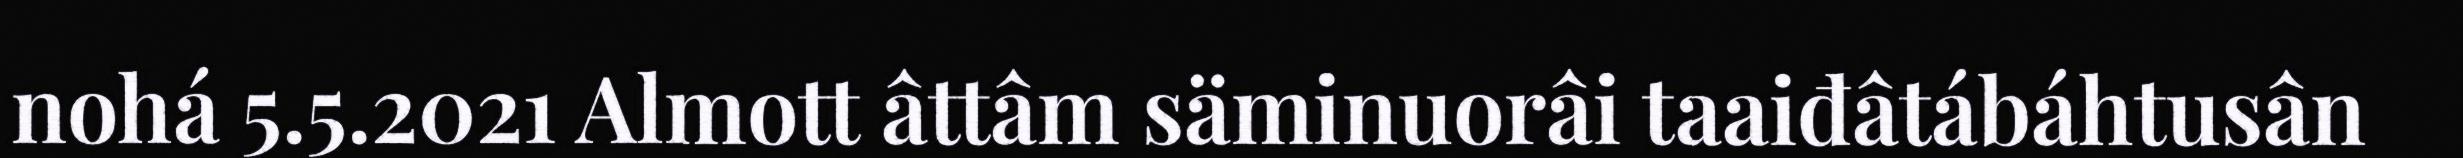
nohá 5.5.2021 Almott âttâm säminuorâi taaiđâtábáhtusân